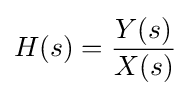
H(s)={\frac {Y(s)}{X(s)}}